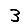
Digit: 3